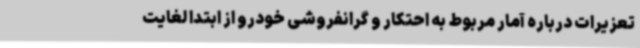
تعزیرات درباره آمار مربوط به احتکار و گرانفروشی خودرو از ابتدا لغایت